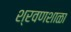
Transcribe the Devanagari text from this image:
श्रवणशाळा